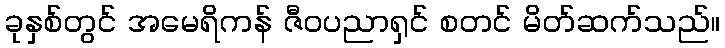
ခုနှစ်တွင် အမေရိကန် ဇီဝပညာရှင် စတင် မိတ်ဆက်သည်။